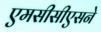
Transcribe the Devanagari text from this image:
एमसीसीएसने